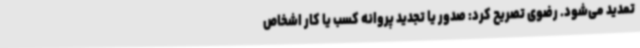
تمدید می‌شود. رضوی تصریح کرد: صدور یا تجدید پروانه کسب یا کار اشخاص